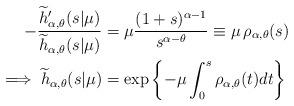
LaTeX: \begin{align*}-\frac{\widetilde h_{\alpha,\theta}^\prime(s|\mu)}{\widetilde h_{\alpha,\theta}(s|\mu)} &= \mu\dfrac{(1+s)^{\alpha-1}}{s^{\alpha-\theta}} \equiv \mu\,\rho_{\alpha,\theta}(s) \\ \implies \widetilde h_{\alpha,\theta}(s|\mu) &= \exp\left\{-\mu\int_0^s \rho_{\alpha,\theta}(t) dt \right\} \end{align*}